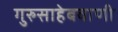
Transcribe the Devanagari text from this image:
गुरुसाहेबवाणी